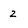
Character: z